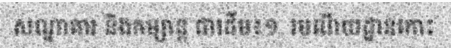
សណ្ឋាគារ និងកម្សាន្ត ជាដើម៖១. រមណីយដ្ឋានកោះ